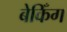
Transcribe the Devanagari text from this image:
बेकिँग